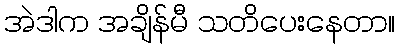
အဲဒါက အချိန်မီ သတိပေးနေတာ။